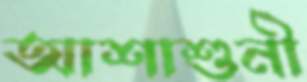
আশাশুনী